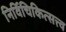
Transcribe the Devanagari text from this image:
निर्विचिकित्सत्त्व